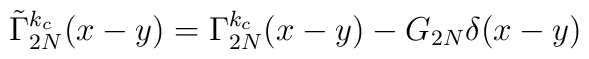
\tilde\Gamma_{2N}^{k_c}(x-y) = \Gamma_{2N}^{k_c}(x-y) - G_{2N} \delta(x-y)